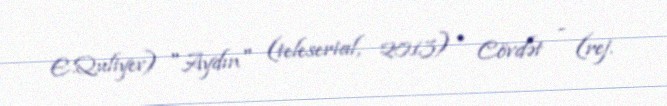
E.Quliyev) "Aydın" (teleserial, 2013) - Cövdət - (rej.